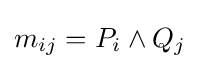
m_{ij}=P_{i}\land Q_{j}